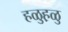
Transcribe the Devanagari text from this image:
हळुह़ळु